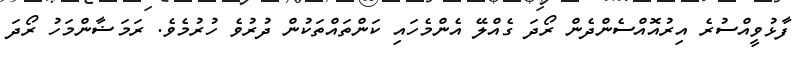
ފާޅުވީއްސުރެ އިރުއޮއްސެންދެން ރޯދަ ގެއްލޭ އެންމެހައި ކަންތައްތަކުން ދުރުވެ ހުރުމެވެ. ރަމަޟާންމަހު ރޯދަ